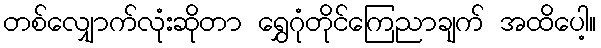
တစ်လျှောက်လုံးဆိုတာ ရွှေဂုံတိုင်ကြေညာချက် အထိပေါ့။